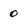
Character: 0